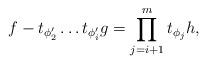
LaTeX: \begin{align*}f - t_{\phi'_2} \ldots t_{\phi'_{i}} g = \prod_{j=i+1}^m t_{\phi_j} h ,\end{align*}